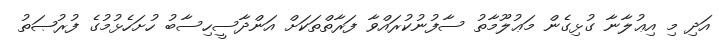
އަދި މި އިޢުލާނާ ގުޅިގެން މަޢުލޫމާތު ސާފުނުކުރައްވާ ފަރާތްތަކަށް އަންދާސީހިސާބު ހުށަހެޅުމުގެ ފުރުޞަތު